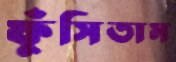
ফুঁসিতাম